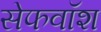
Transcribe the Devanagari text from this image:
सेफवॉश